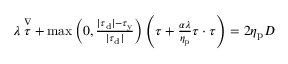
\begin{array} { r } { \lambda \stackrel { \nabla } { \boldsymbol { \tau } } + \operatorname* { m a x } \left( 0 , \frac { | \boldsymbol { \tau } _ { \mathrm { d } } | - \tau _ { \mathrm { y } } } { | \boldsymbol { \tau } _ { \mathrm { d } } | } \right) \left( \boldsymbol { \tau } + \frac { \alpha \lambda } { \eta _ { \mathrm { p } } } \boldsymbol { \tau } \cdot \boldsymbol { \tau } \right) = 2 \eta _ { \mathrm { p } } \boldsymbol { D } } \end{array}